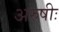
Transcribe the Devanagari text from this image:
अरुषीः